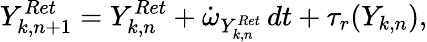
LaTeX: Y_{k,n+1}^{Ret}=Y_{k,n}^{Ret}+\dot{\omega}_{Y_{k,n}^{Ret}}\, dt+\tau_{r}(Y_{k,n}),